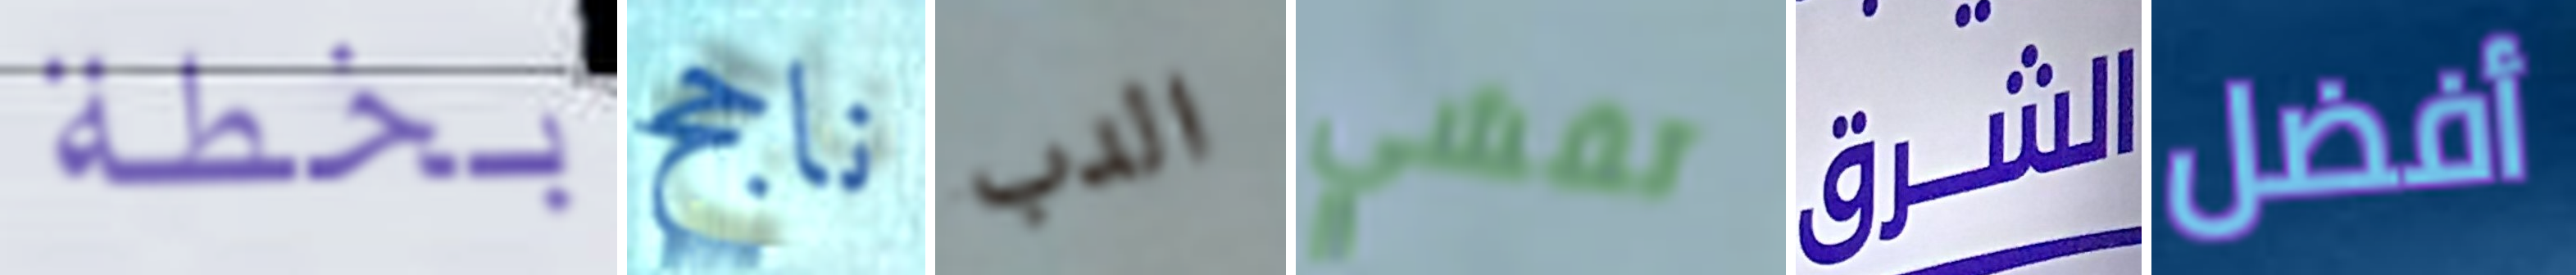
بخطة ناجح الدب تفشي الشرق أفضل